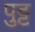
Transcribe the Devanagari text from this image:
पुट्ट